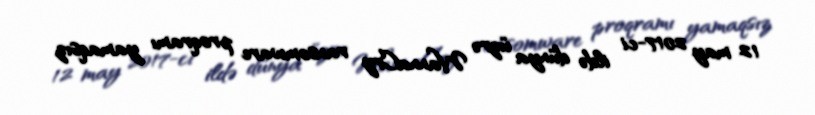
12 may 2017-ci ildə dünya üzrə WannaCry ransomware proqramı yamaqsız